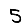
Digit: 5